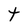
Character: t